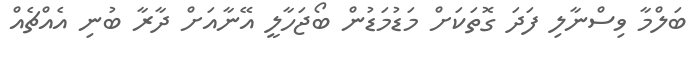
ބަލްމާ ވިސްނާލި ފަދަ ގޮތަކަށް މަޑުމަޑުން ބޯޖަހާލީ އޭނާއަށް ދާރާ ބުނި އެއްޗެއް